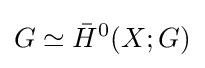
G\simeq {\bar {H}}^{0}(X;G)